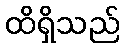
ထိရှိသည်